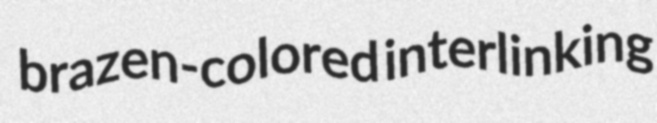
brazen-colored interlinking